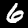
Label: 6